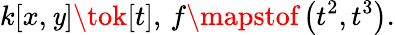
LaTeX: k[x,\mathit{y}]\tok[t],\, f\mapstof\left(t^{2},t^{3}\right).